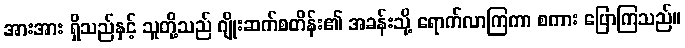
အားအား ရှိသည်နှင့် သူတို့သည် ဂျိုးဆက်စတိန်း၏ အခန်းသို့ ရောက်လာကြကာ စကား ပြောကြသည်။